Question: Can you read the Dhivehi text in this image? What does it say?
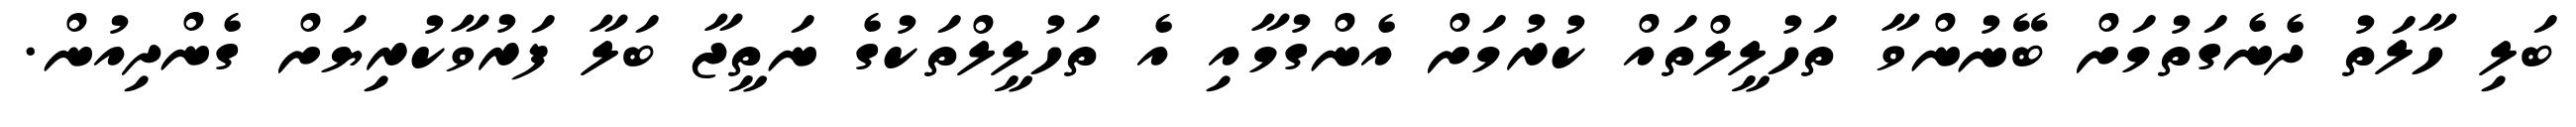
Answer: ބަލި ހާލަތު ދެނެގަތުމަށް ބޭނުންވާ ތަހުލީލްތައް ކުރުމަށް އެންގުމާއި އެ ތަހުލީލްތަކުގެ ނަތީޖާ ބަލާ ފަރުވާކުރިޔަށް ގެންދިއުން.